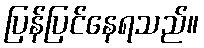
ပြန်ပြင်နေရသည်။